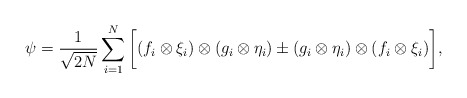
\begin{align*}\psi=\frac{1}{\sqrt{2N}}\sum_{i=1}^N \bigg[(f_i\otimes \xi_i)\otimes (g_i\otimes \eta_i)\pm (g_i\otimes \eta_i)\otimes (f_i\otimes \xi_i)\bigg],\end{align*}